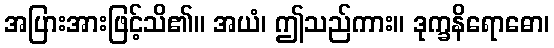
အပြားအားဖြင့်သိ၏။ အယံ၊ ဤသည်ကား။ ဒုက္ခနိရောဓော၊